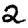
Digit: 2